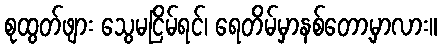
စုထွတ်ဖျား သွေမငြိမ်ရင်၊ ရေတိမ်မှာနစ်တော့မှာလား။